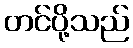
တင်ပို့သည်